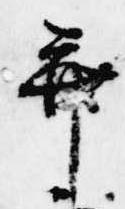
并